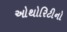
ઓથોરિટીનો